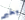
بخير